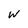
Character: w